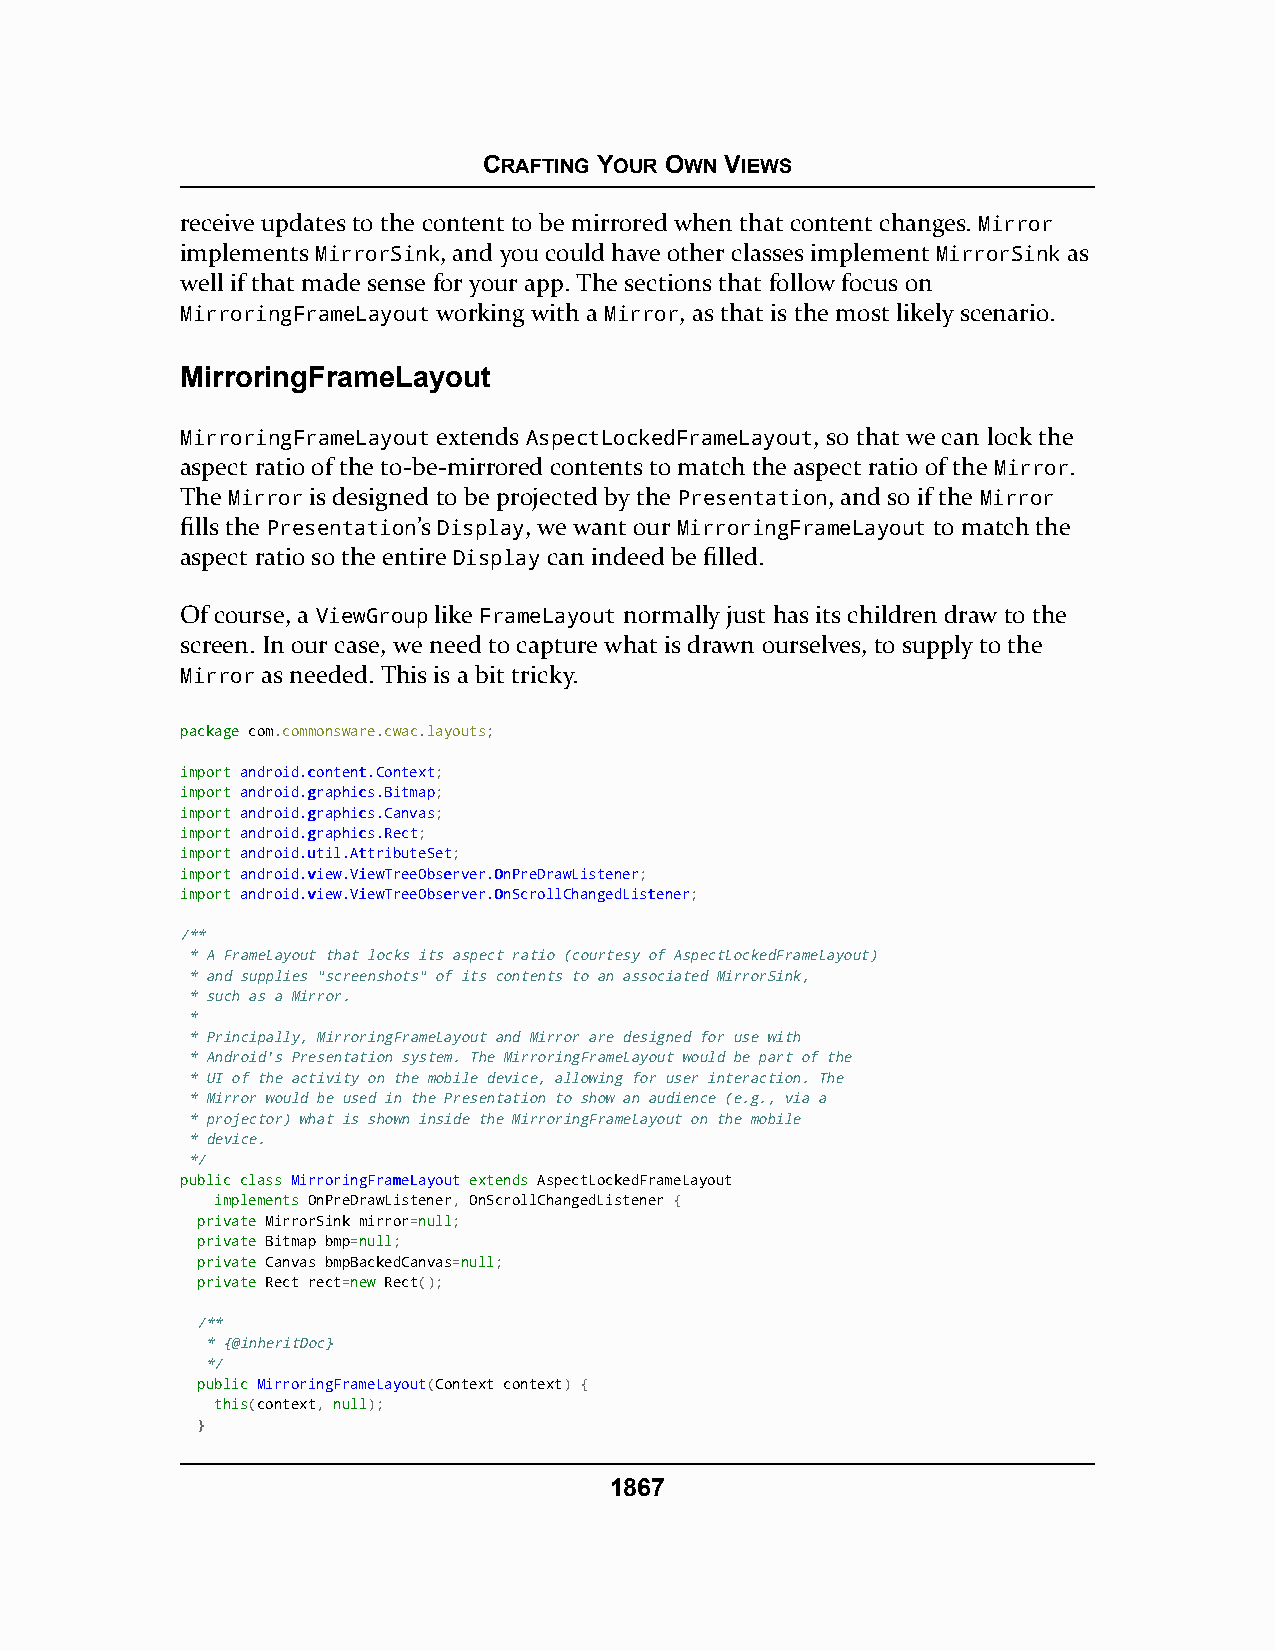
CRAFTING YOUR OWN VIEWS
 receive updates to the content to be mirrored when that content changes. Mirror
 implements MirrorSink, and you could have other classes implement MirrorSink as
 well if that made sense for your app. The sections that follow focus on
 MirroringFrameLayout working with a Mirror, as that is the most likely scenario.
 MirroringFrameLayout
 MirroringFrameLayout extends AspectLockedFrameLayout, so that we can lock the
 aspect ratio of the to-be-mirrored contents to match the aspect ratio of the Mirror.
 The Mirror is designed to be projected by the Presentation, and so if the Mirror
 fills the Presentation’s Display, we want our MirroringFrameLayout to match the
 aspect ratio so the entire Display can indeed be filled.
 Of course, a ViewGroup like FrameLayout normally just has its children draw to the
 screen. In our case, we need to capture what is drawn ourselves, to supply to the
 Mirror as needed. This is a bit tricky.
 ppaacckkaaggee com.commonsware.cwac.layouts;
 iimmppoorrtt aannddrrooiidd..ccoonntteenntt..CCoonntteexxtt;
 iimmppoorrtt aannddrrooiidd..ggrraapphhiiccss..BBiittmmaapp;
 iimmppoorrtt aannddrrooiidd..ggrraapphhiiccss..CCaannvvaass;
 iimmppoorrtt aannddrrooiidd..ggrraapphhiiccss..RReecctt;
 iimmppoorrtt aannddrrooiidd..uuttiill..AAttttrriibbuutteeSSeett;
 iimmppoorrtt aannddrrooiidd..vviieeww..VViieewwTTrreeeeOObbsseerrvveerr..OOnnPPrreeDDrraawwLLiisstteenneerr;
 iimmppoorrtt aannddrrooiidd..vviieeww..VViieewwTTrreeeeOObbsseerrvveerr..OOnnSSccrroollllCChhaannggeeddLLiisstteenneerr;
 /**
 * A FrameLayout that locks its aspect ratio (courtesy of AspectLockedFrameLayout)
 * and supplies "screenshots" of its contents to an associated MirrorSink,
 * such as a Mirror.
 *
 * Principally, MirroringFrameLayout and Mirror are designed for use with
 * Android's Presentation system. The MirroringFrameLayout would be part of the
 * UI of the activity on the mobile device, allowing for user interaction. The
 * Mirror would be used in the Presentation to show an audience (e.g., via a
 * projector) what is shown inside the MirroringFrameLayout on the mobile
 * device.
 */
 ppuubblliicc ccllaassss MMiirrrroorriinnggFFrraammeeLLaayyoouutt eexxtteennddss AspectLockedFrameLayout
 iimmpplleemmeennttss OnPreDrawListener, OnScrollChangedListener {
 pprriivvaattee MirrorSink mirror=nnuullll;
 pprriivvaattee Bitmap bmp=nnuullll;
 pprriivvaattee Canvas bmpBackedCanvas=nnuullll;
 pprriivvaattee Rect rect=nneeww Rect();
 /**
 * {@inheritDoc}
 */
 ppuubblliicc MirroringFrameLayout(Context context) {
 tthhiiss(context, nnuullll);
 }
 1867